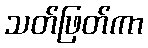
သတ်ဖြတ်ကာ